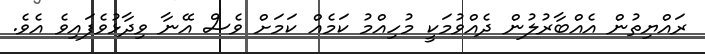
ރައްޔިތުން އެއްބާރުލުން ދެއްވުމަކީ މުހިއްމު ކަމެއް ކަމަށް ވެސް އޭނާ ވިދާޅުވެފައިވެ އެވެ.